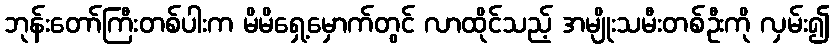
ဘုန်းတော်ကြီးတစ်ပါးက မိမိရှေ့မှောက်တွင် လာထိုင်သည့် အမျိုးသမီးတစ်ဦးကို လှမ်း၍